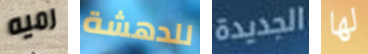
رميه للدهشة الجديدة لها